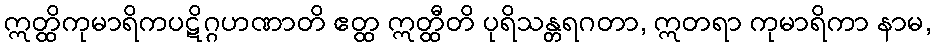
ဣတ္ထိကုမာရိကပဋိဂ္ဂဟဏာတိ ဧတ္ထ ဣတ္ထီတိ ပုရိသန္တရဂတာ, ဣတရာ ကုမာရိကာ နာမ,